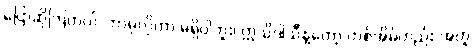
ပြောဆိုကြတယ်၊ ဘာမှလိုတာ မရှိပါဘူး၊ ဣသိဒါသီနဲ့တော့ တစ်အိမ်တည်း အတူ